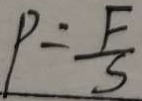
P = \frac { F } { S }